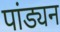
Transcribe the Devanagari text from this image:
पांड्यन